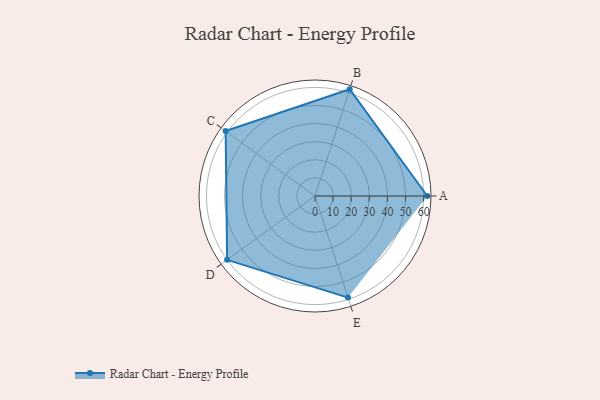
{"axis": {"x": "Skill", "y": "Score"}, "legend": ["Profile"], "data": [{"x": "A", "y": 62.0, "type": "Profile"}, {"x": "B", "y": 62.0, "type": "Profile"}, {"x": "C", "y": 61.0, "type": "Profile"}, {"x": "D", "y": 60.0, "type": "Profile"}, {"x": "E", "y": 59.0, "type": "Profile"}]}